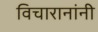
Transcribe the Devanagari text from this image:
विचारानांनी